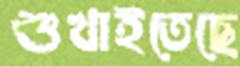
শুখাইতেছে